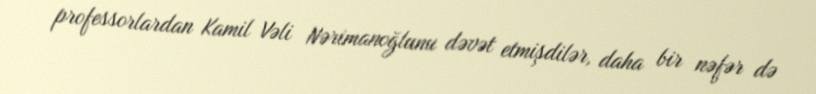
professorlardan Kamil Vəli Nərimanoğlunu dəvət etmişdilər, daha bir nəfər də